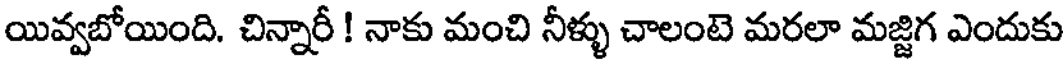
యివ్వబోయింది. చిన్నారీ ! నాకు మంచి నీళ్ళు చాలంటె మరలా మజ్జిగ ఎందుకు